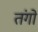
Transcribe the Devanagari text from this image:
तंगो